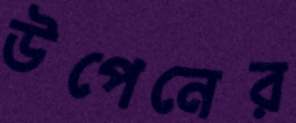
উপেনের